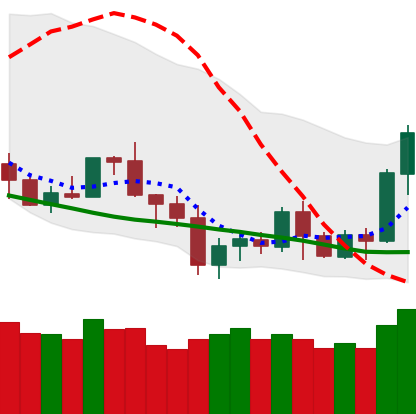
Ticker: BNB-USD
Chart end date: 2020-07-07
Forward return: 8.744%
Label: up_7plus